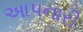
આપનારી